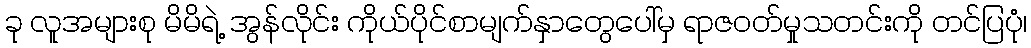
ခု လူအများစု မိမိရဲ့ အွန်လိုင်း ကိုယ်ပိုင်စာမျက်နှာတွေပေါ်မှ ရာဇဝတ်မှုသတင်းကို တင်ပြပုံ၊